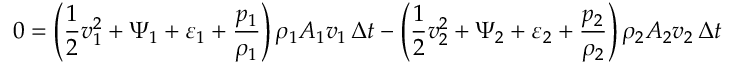
0 = \left( { \frac { 1 } { 2 } } v _ { 1 } ^ { 2 } + \Psi _ { 1 } + \varepsilon _ { 1 } + { \frac { p _ { 1 } } { \rho _ { 1 } } } \right) \rho _ { 1 } A _ { 1 } v _ { 1 } \, \Delta t - \left( { \frac { 1 } { 2 } } v _ { 2 } ^ { 2 } + \Psi _ { 2 } + \varepsilon _ { 2 } + { \frac { p _ { 2 } } { \rho _ { 2 } } } \right) \rho _ { 2 } A _ { 2 } v _ { 2 } \, \Delta t